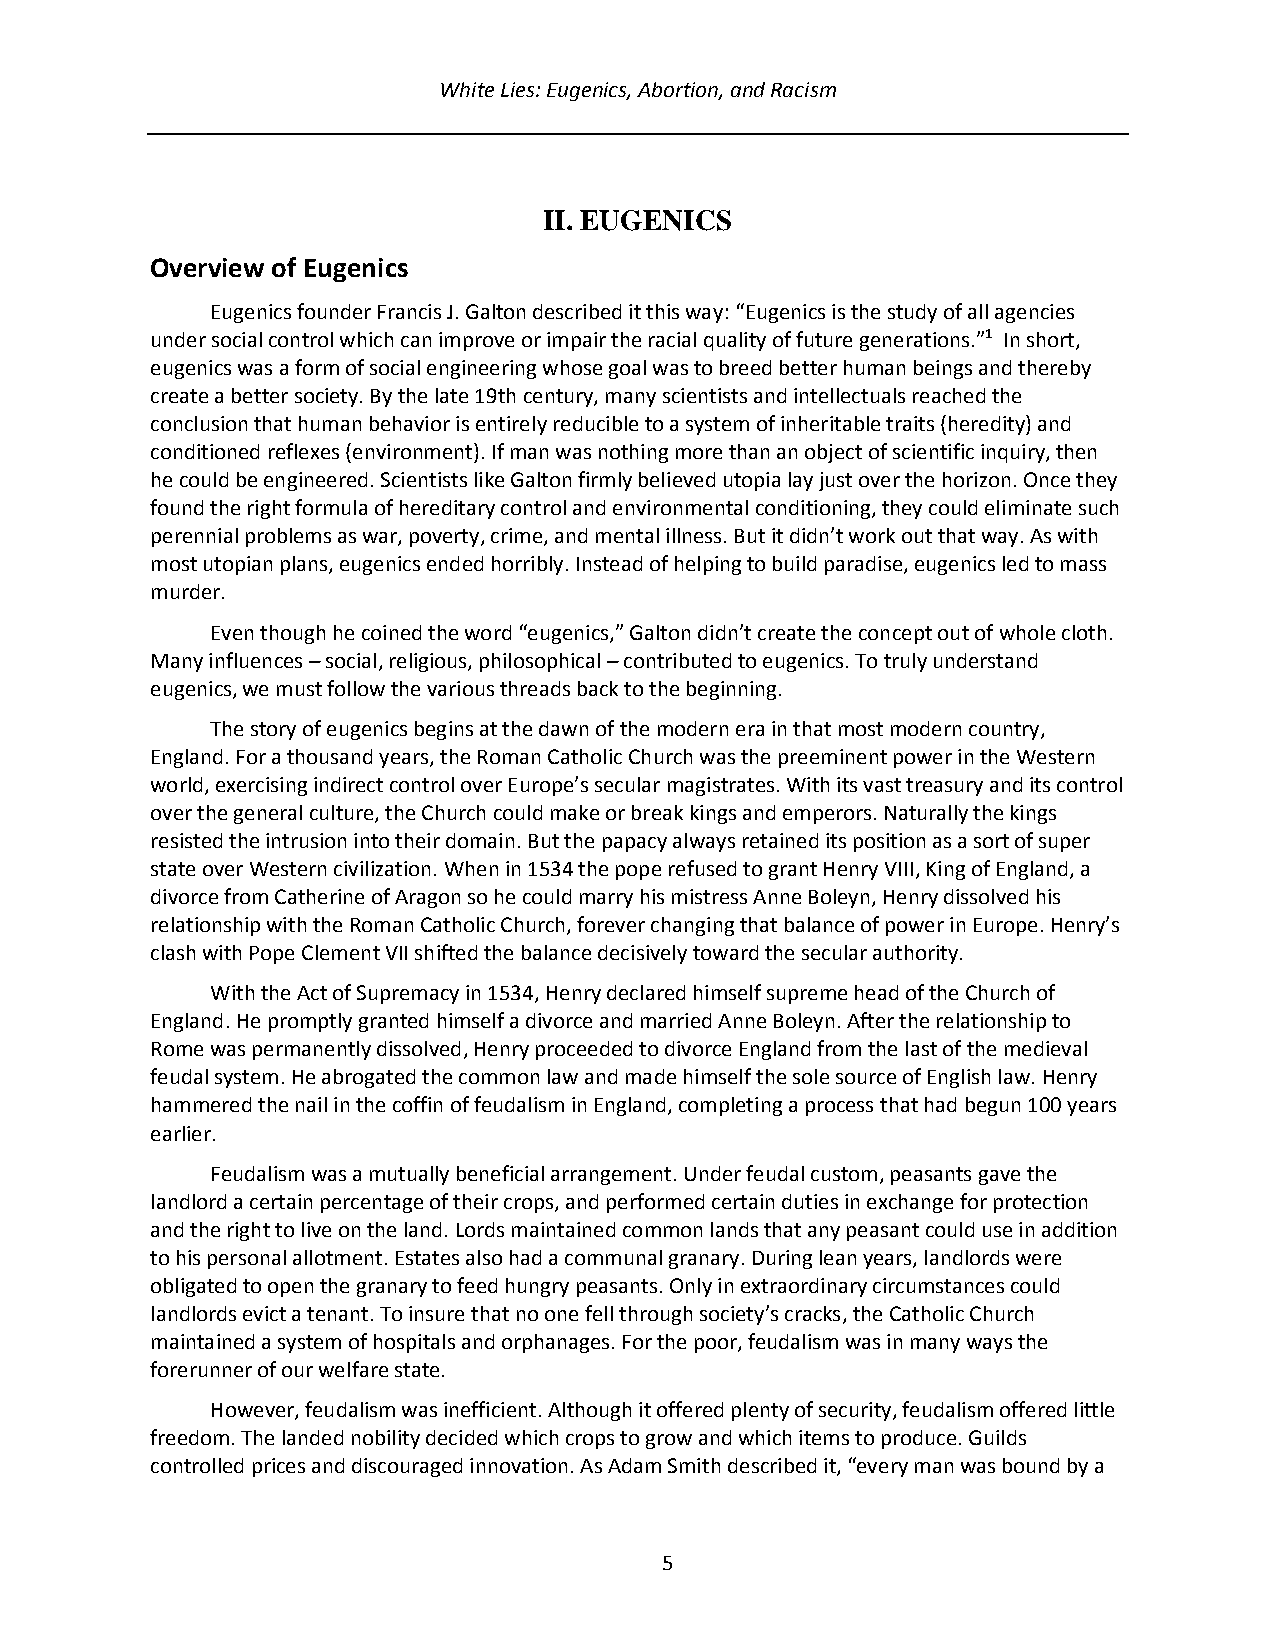
White Lies: Eugenics, Abortion, and Racism
 II. EUGENICS
 Overview of Eugenics
 Eugenics founder Francis J. Galton described it this way: “Eugenics is the study of all agencies
 under social control which can improve or impair the racial quality of future generations.”1 In short,
 eugenics was a form of social engineering whose goal was to breed better human beings and thereby
 create a better society. By the late 19th century, many scientists and intellectuals reached the
 conclusion that human behavior is entirely reducible to a system of inheritable traits (heredity) and
 conditioned reflexes (environment). If man was nothing more than an object of scientific inquiry, then
 he could be engineered. Scientists like Galton firmly believed utopia lay just over the horizon. Once they
 found the right formula of hereditary control and environmental conditioning, they could eliminate such
 perennial problems as war, poverty, crime, and mental illness. But it didn’t work out that way. As with
 most utopian plans, eugenics ended horribly. Instead of helping to build paradise, eugenics led to mass
 murder.
 Even though he coined the word “eugenics,” Galton didn’t create the concept out of whole cloth.
 Many influences – social, religious, philosophical – contributed to eugenics. To truly understand
 eugenics, we must follow the various threads back to the beginning.
 The story of eugenics begins at the dawn of the modern era in that most modern country,
 England. For a thousand years, the Roman Catholic Church was the preeminent power in the Western
 world, exercising indirect control over Europe’s secular magistrates. With its vast treasury and its control
 over the general culture, the Church could make or break kings and emperors. Naturally the kings
 resisted the intrusion into their domain. But the papacy always retained its position as a sort of super
 state over Western civilization. When in 1534 the pope refused to grant Henry VIII, King of England, a
 divorce from Catherine of Aragon so he could marry his mistress Anne Boleyn, Henry dissolved his
 relationship with the Roman Catholic Church, forever changing that balance of power in Europe. Henry’s
 clash with Pope Clement VII shifted the balance decisively toward the secular authority.
 With the Act of Supremacy in 1534, Henry declared himself supreme head of the Church of
 England. He promptly granted himself a divorce and married Anne Boleyn. After the relationship to
 Rome was permanently dissolved, Henry proceeded to divorce England from the last of the medieval
 feudal system. He abrogated the common law and made himself the sole source of English law. Henry
 hammered the nail in the coffin of feudalism in England, completing a process that had begun 100 years
 earlier.
 Feudalism was a mutually beneficial arrangement. Under feudal custom, peasants gave the
 landlord a certain percentage of their crops, and performed certain duties in exchange for protection
 and the right to live on the land. Lords maintained common lands that any peasant could use in addition
 to his personal allotment. Estates also had a communal granary. During lean years, landlords were
 obligated to open the granary to feed hungry peasants. Only in extraordinary circumstances could
 landlords evict a tenant. To insure that no one fell through society’s cracks, the Catholic Church
 maintained a system of hospitals and orphanages. For the poor, feudalism was in many ways the
 forerunner of our welfare state.
 However, feudalism was inefficient. Although it offered plenty of security, feudalism offered little
 freedom. The landed nobility decided which crops to grow and which items to produce. Guilds
 controlled prices and discouraged innovation. As Adam Smith described it, “every man was bound by a
 5